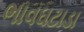
ભાવઘટાડા